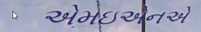
એમઇએનએ